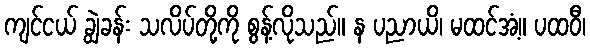
ကျင်ငယ် ချွဲခန်း သလိပ်တို့ကို စွန့်လိုသည်။ န ပညာယိ၊ မထင်အံ့။ ပထဝီ၊